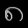
Digit: ၈